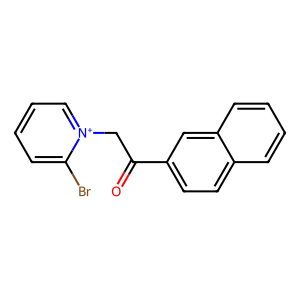
SMILES: O=C(C[n+]1ccccc1Br)c1ccc2ccccc2c1
Inhibits HIV replication: No